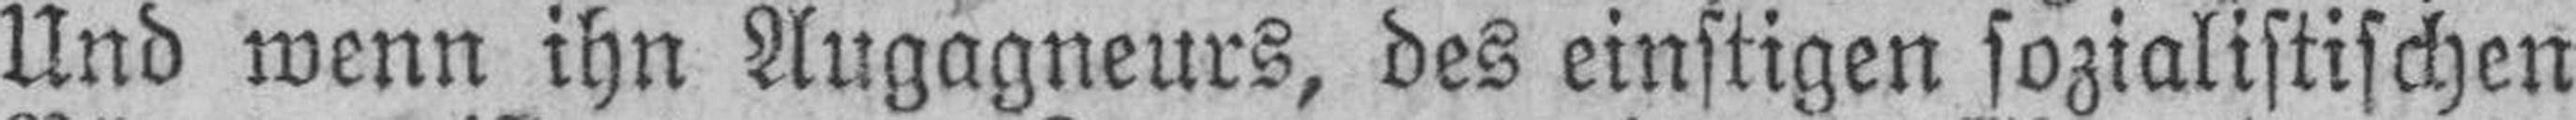
Und wenn ihn Augagneurs, des einstigen sozialistischen